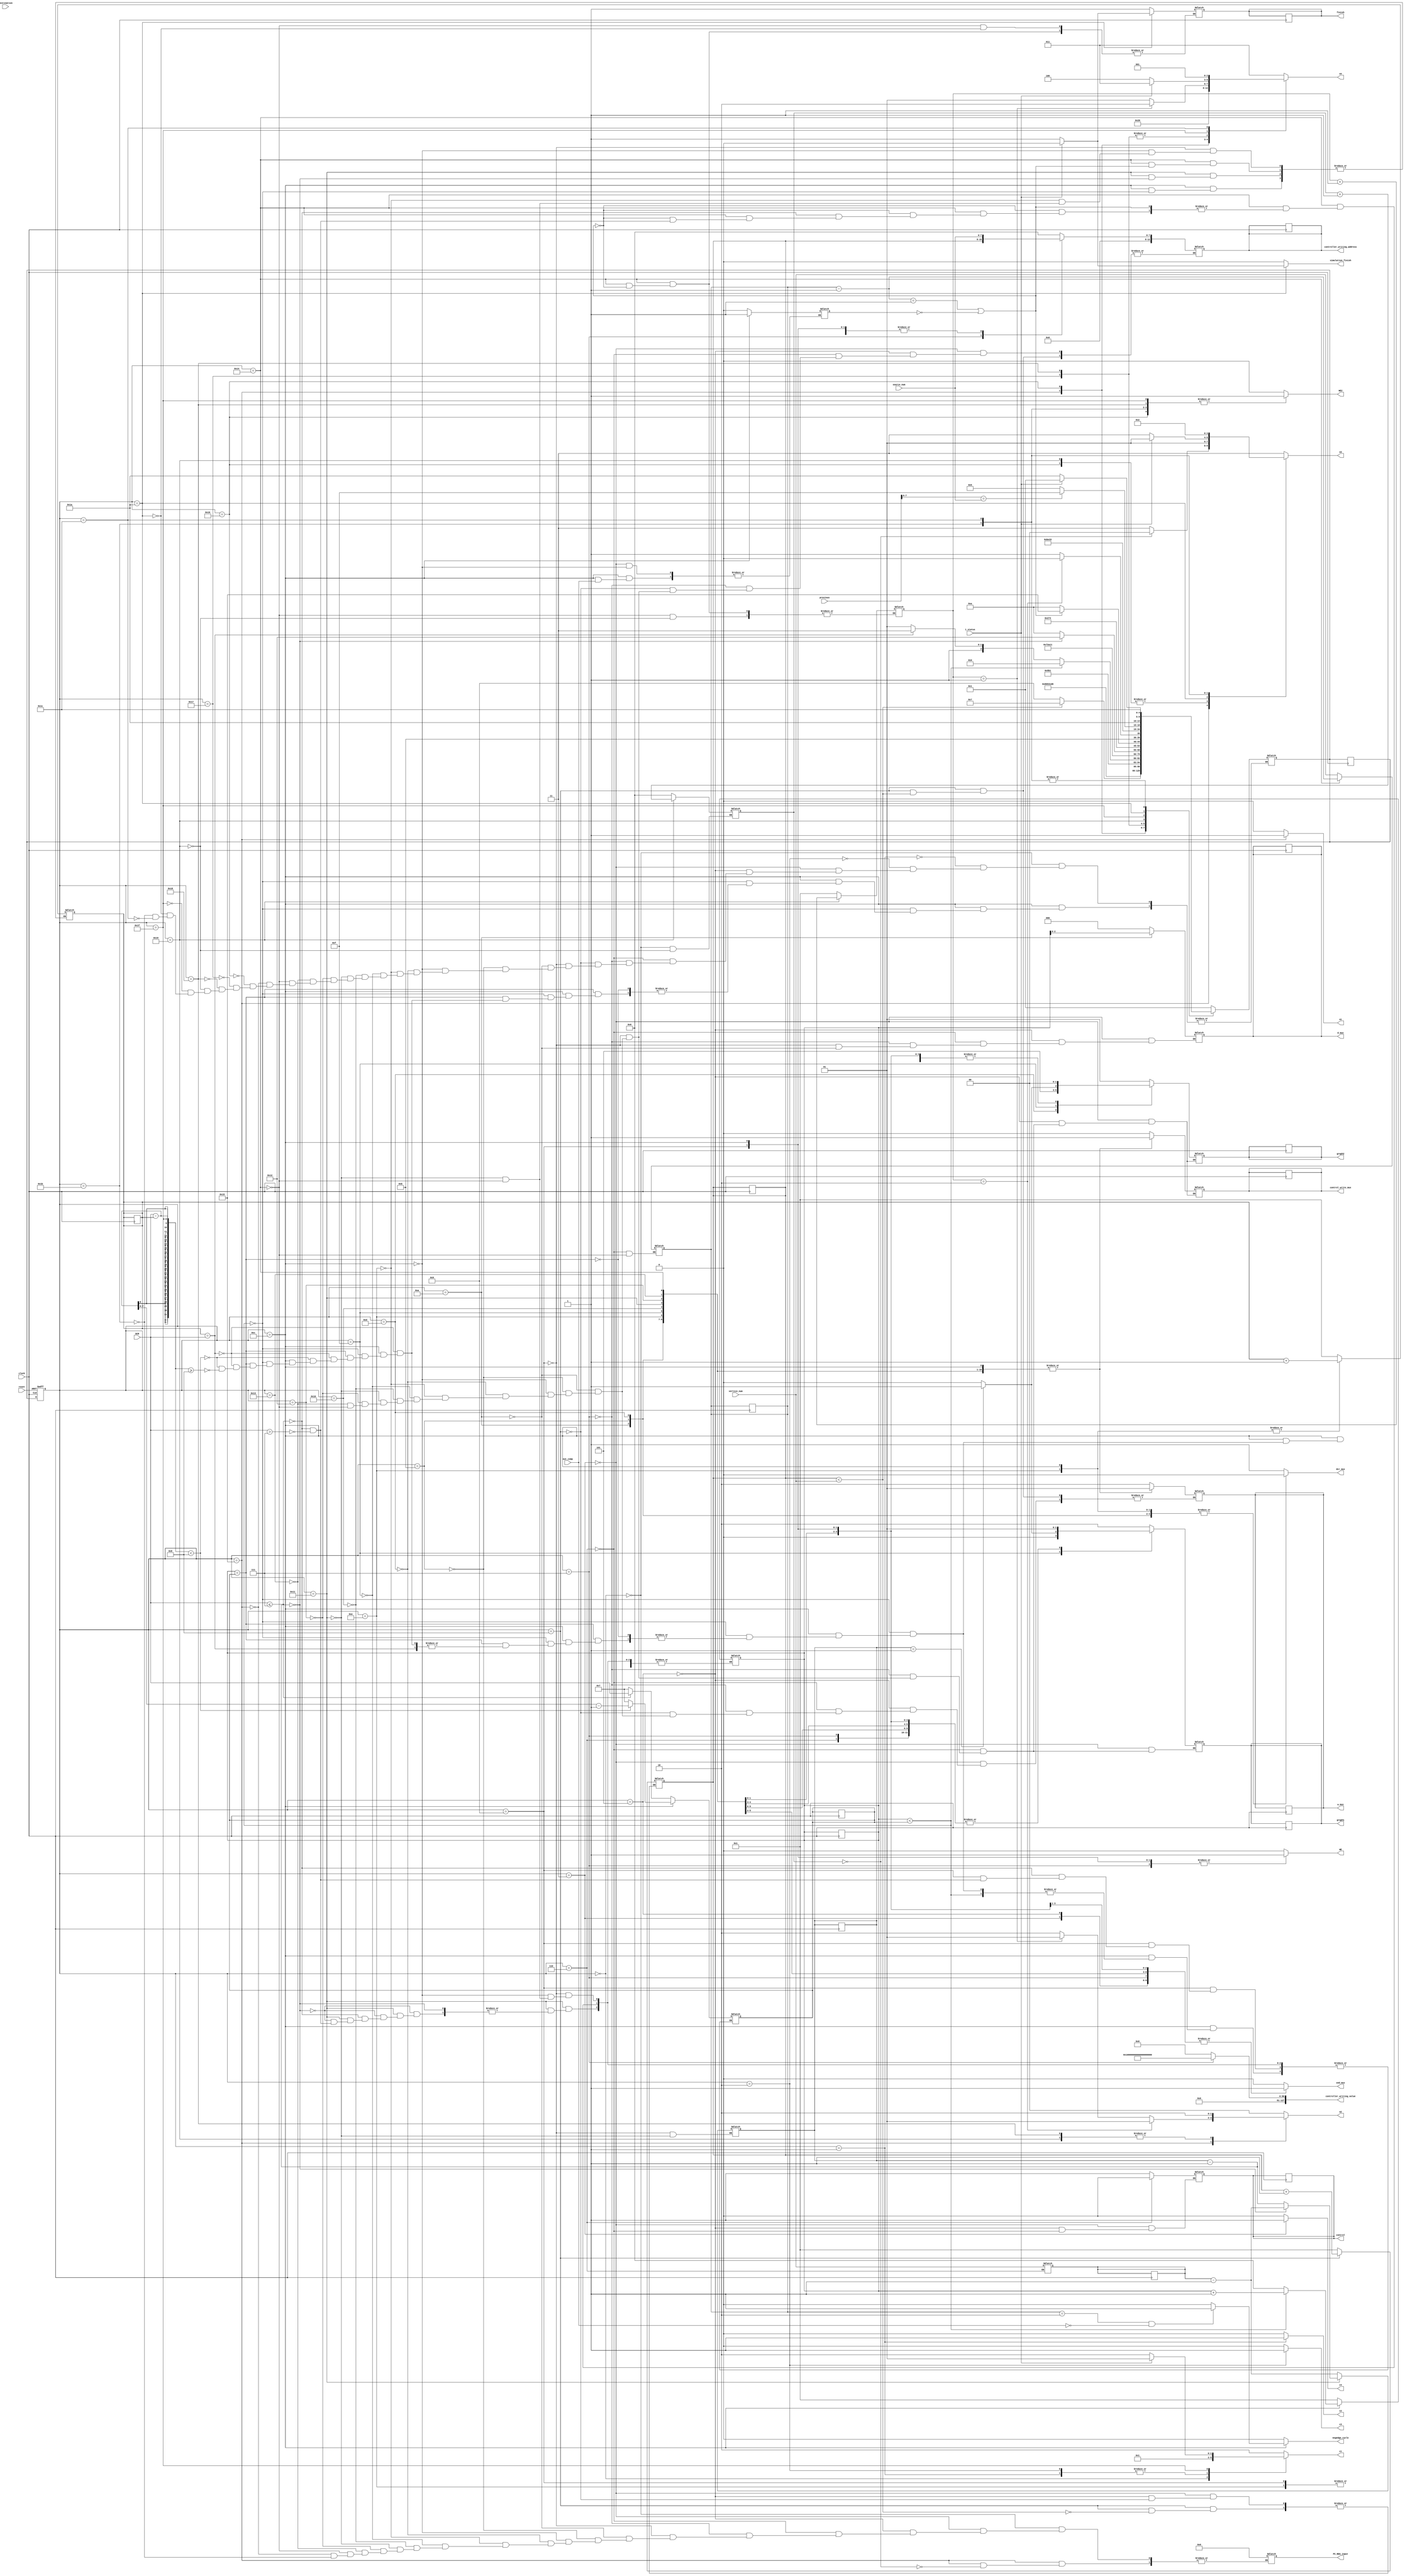
module bellman_ford_controller( previous,i_status,simulation_finish,negedge_cycle, destination,WE2, o1,o2,o3,o4, clock, reset, vertice_num, source_num, DCR, out_comp, WE, snd_mux, graph1, graph2, d_mux, control, PC_REG_input, controller_writing_address, controller_writing_value, w_mux, control_write_mux, finish, dcr_mux, c1, c2, c3, c4

    );
	 
/*--------------------input declaration---------------*/
input [7:0] destination;
input [127:0] previous;
input clock;
input reset;
input [7:0] vertice_num;
input [7:0] source_num;
input [7:0] DCR;
input out_comp;
input i_status;
/*------------------output declaration--------------*/
output WE;
output WE2;
output [1:0] o2,o3;
output [2:0] o4;
output   o1;
output snd_mux;
output control;
output [1:0] graph1;
output [1:0] graph2;
output [2:0] d_mux;
output [12:0] PC_REG_input;
output [12:0] controller_writing_address;
output [127:0] controller_writing_value;
output simulation_finish;
reg simulation_finish;
output [1:0] w_mux;
output control_write_mux;
output finish;
output dcr_mux;
output [1:0] c1;
output c2;
output c3;
output c4;


/*-------------------registers and nets-----------*/	 

parameter [4:0] 
	S0 = 5'b00000,
	S1 = 5'b00001,
	S2 = 5'b00010,
	S3 = 5'b00011,
	S4 = 5'b00100,
	S5 = 5'b00101,
	S6 = 5'b00110,
	S7 = 5'b00111,
	S8 = 5'b01000,
	S9 = 5'b01001,
	S10 = 5'b01010,
	S11 = 5'b01011,
	S12 = 5'b01100,
	S13 = 5'b01101,
	S14 = 5'b01110,
	S15 = 5'b01111,
	S16 = 5'b10000,
        S17 = 5'b10001,
	S18 = 5'b10010,
	S19 = 5'b10011,
	S20 = 5'b10100,
	S21 = 5'b10101,
	S22 = 5'b10110,
	S23 = 5'b10111,
	S24 = 5'b11000,
	S25 = 5'b11001,
	S26 = 5'b11010,
	S27 = 5'b11011,
	S28 = 5'b11100,
	S29 = 5'b11101,
	S31 = 5'b11111;
	

reg WE2;
reg [1:0] o2,o3;
reg [2:0] o4;
reg o1;
reg [4:0] current_state, next_state;
reg [7:0] d_count,temp1,temp3;
reg [7:0] run_loop;
reg [7:0] bellman_count;
output negedge_cycle;
reg WE;
reg snd_mux;
reg control;
reg [1:0] graph1;
reg [1:0] graph2;
reg [2:0] d_mux;
reg [12:0] PC_REG_input;
reg [12:0] controller_writing_address;
reg [127:0] controller_writing_value;
reg [1:0] w_mux;
reg control_write_mux;
reg finish;
reg [7:0] a,b;
reg dcr_mux;
reg [1:0] c1;
reg c2;
reg c3;
reg c4;
reg negedge_cycle;
reg [7:0] count,flag;

reg value;	
always@(posedge clock or negedge reset)
begin 
if (!reset) current_state <= S0; //s28
else       
begin
current_state <= next_state;

temp3<=temp3;
b<=b;
bellman_count<=bellman_count;
graph1<=graph1;
a<=a;
d_count<=d_count;
control<=control;
control_write_mux<=control_write_mux;
temp1<=temp1;
run_loop<=run_loop;
w_mux<=w_mux;
d_mux<=d_mux;
graph2<=graph2;
controller_writing_address<=controller_writing_address;
finish<=finish;
next_state<=next_state;

end
end

always@(*)
begin
simulation_finish=0;
controller_writing_value = 128'h00000000000000000000000000000000;
dcr_mux = 1'b1;
c4=1'b0;
c2=1'b0;
c3=1'b0;                   
c1=2'b10;
o2=2'b00;  
o1=1'b0;
o4=3'b011;
o3=2'b11;
WE2=1'b0;
WE=1'b0;
snd_mux=1'b0;
negedge_cycle =1'b0;
case(current_state)
S0:   //s28
begin
flag = 0;
c1 = 2'b00;
PC_REG_input= 13'b0000000000000;

next_state = S1;
end

S1:          //s20
begin   
c1= 2'b01;   //10 adhi
c2=1'b1;
next_state = S2;
end

S2:          //s22
begin
c1=2'b01;
c3=1'b1;
next_state = S3;
end
S3:                  //s23
begin
c4=1'b1;
/*next_state = S4;
end
S4:                 //s0
begin*/
value=0;
snd_mux = 1'b1;
graph1 = 2'b10;    
graph2 = 2'b01;
d_mux = 3'b000;
//bellman_count = 1;
PC_REG_input = 13'b0000000000000;
controller_writing_address = 13'b0000000000000;
//controller_writing_value = 128'h00000000000000000000000000000000;
w_mux = 2'b10;
control = 1'b1;
control_write_mux = 1'b0;
a = 1; 

next_state = S5;
end
S5:     //s1
begin
graph2 = 2'b01;//
WE = 1'b0;
snd_mux = 1'b1;

//graph1 = 2'b01;
d_mux = 3'b000;//
graph2 = 2'b01;
//d_mux = 3'b000;
PC_REG_input = 13'b0000000000000;
controller_writing_address = 13'b0000000000000;
controller_writing_value = 128'h00000000000000000000000000000000;
a = 1;
w_mux = 2'b10;
control_write_mux = 1'b0;
control = 1'b1;
next_state=S6;
end

S6:       //s2
begin
WE = 1'b0;
snd_mux = 1'b1;
graph1 = 2'b01;
graph2 = 2'b01;
d_mux = 3'b000;
PC_REG_input = 13'b0000000000000;
controller_writing_address = 13'b0000000000000;
controller_writing_value = 128'h00000000000000000000000000000000;

w_mux = 2'b10;
control_write_mux = 1'b0;
control = 1'b0;
b = vertice_num;
bellman_count=vertice_num;
next_state = S7;
end 

//booting infinity in temporary memory
S7:                    //s3
begin
WE = 1'b1;
snd_mux = 1'b1;
graph1 = 2'b01;
graph2 = 2'b00;
PC_REG_input = 13'b0000000000000;
controller_writing_address = {5'b00000, source_num};
snd_mux = 1'b1;
graph1 = 2'b01;
graph2 = 2'b00;
d_mux = 3'b000;
PC_REG_input = 13'b0000000000000;
controller_writing_address = {5'b00000, a};
controller_writing_value = 128'h00000000000100000000000000000000;
w_mux = 2'b10;
control_write_mux = 1'b0;
next_state = S8;



end

S8:            //s17
begin
if (a < vertice_num)
begin
a = a + 1;
next_state = S7;           //s3
end
else
begin
w_mux = 2'b10;
controller_writing_address = {5'b00000, source_num};
next_state = S9;          //s4
end
end

//booting zero in the source
S9:              //s4
begin
WE = 1'b1;
snd_mux = 1'b1;
graph1 = 2'b01;
graph2 = 2'b00;
d_mux = 3'b000;
PC_REG_input = 13'b0000000000000;
controller_writing_address = {5'b00000, source_num};
controller_writing_value = 128'h00000000000000000000000000000000;

run_loop = b-1;                          //changed
control_write_mux = 1'b0;
if(DCR<=7)
begin
temp1=1;
temp3=DCR;
end
else if(DCR>7)
begin
temp1=1;
temp3=7;
end
d_count=1;
next_state = S10;
end
//checkpoint one reached here
//
S10:                   //s5
begin
WE = 1'b0;
dcr_mux = 1'b0;
snd_mux = 1'b0;
graph1 = 2'b01;
graph2 = 2'b00;
PC_REG_input = 13'b0000000000000;
controller_writing_address = {5'b00000, source_num};
controller_writing_value = 128'h00000000000000000000000000000000;
w_mux = 2'b01;
control_write_mux = 1'b1;
d_mux = temp1[2:0];
next_state = S11;
end
S11:          //s6
begin
WE = 1'b0;
dcr_mux = 1'b0;
snd_mux = 1'b0;
graph1 = 2'b01;
graph2 = 2'b00;
PC_REG_input = 13'b0000000000000;
controller_writing_address = {5'b00000, source_num};
controller_writing_value = 128'h00000000000000000000000000000000;
w_mux = 2'b01;
control_write_mux = 1'b1;
next_state = S12;
end
S12:                  //s7
begin
WE = 1'b1;
dcr_mux = 1'b0;
snd_mux = 1'b0;
graph1 = 2'b01;
graph2 = 2'b00;
PC_REG_input = 13'b0000000000000;
controller_writing_address = {5'b00000, source_num};
controller_writing_value = 128'h00000000000000000000000000000000;
w_mux = 2'b01;
control_write_mux = 1'b1;
if(out_comp==0)
value=1;
if((bellman_count== 2) && (out_comp==0))
begin
negedge_cycle = 1'b1;

end
else
negedge_cycle=1'b0;

    if(temp1<temp3)
begin
  temp1=temp1+1;
  d_count = d_count+1;
  next_state = S10;              //s5
end
else if(temp1==temp3)
begin
 if(d_count == DCR)
  begin
   next_state = S15;               //s11
  end
 else if((DCR-d_count)<8)
  begin
   temp1=0;      
   temp3=DCR-d_count-1;
   next_state=S13;               //s13
  end   
 else if((DCR-d_count)>=8)
  begin
   temp1=0;
   temp3=7;
   next_state=S13;
  end
end
end
S13:             //s8
begin
WE = 1'b0;
dcr_mux = 1'b0;
snd_mux = 1'b0;
graph1 = 2'b01;
graph2 = 2'b10;
PC_REG_input = 13'b0000000000000;
controller_writing_address = {5'b00000, source_num};
controller_writing_value = 128'h00000000000000000000000000000000;
w_mux = 2'b01;
control_write_mux = 1'b1;
next_state = S14;
end   
S14:                  //s10
begin
WE = 1'b0;
dcr_mux = 1'b0;
snd_mux = 1'b0;
graph1 = 2'b01;
graph2 = 2'b00;
PC_REG_input = 13'b0000000000000;
controller_writing_address = {5'b00000, source_num};
controller_writing_value = 128'h00000000000000000000000000000000;
w_mux = 2'b01;
control_write_mux = 1'b1;
d_count = d_count + 1;
next_state = S10;      //s5
end
S15:                    //s11
begin
WE = 1'b0;
snd_mux = 1'b1;
if(run_loop == 1)            //changed
begin
graph1 = 2'b01;
graph2 = 2'b11;
end
else
begin
graph1 = 2'b00;
graph2 = 2'b10;
end
PC_REG_input = 13'b0000000000000;
controller_writing_address = {5'b00000, source_num};
controller_writing_value = 128'h00000000000000000000000000000000;
w_mux = 2'b01;
control_write_mux = 1'b1;
next_state = S16;
end
S16:               //s12
begin
WE = 1'b0;
snd_mux = 1'b1;
graph1 = 2'b01;
graph2 = 2'b00;
PC_REG_input = 13'b0000000000000;
controller_writing_address = {5'b00000, source_num};
controller_writing_value = 128'h00000000000000000000000000000000;
w_mux = 2'b01;
control_write_mux = 1'b1;
dcr_mux = 1'b1;
next_state = S17;
end
S17:            //s13
begin
WE = 1'b0;
snd_mux = 1'b1;
graph1 = 2'b01;
graph2 = 2'b00;
PC_REG_input = 13'b0000000000000;
controller_writing_address = {5'b00000, source_num};
controller_writing_value = 128'h00000000000000000000000000000000;
w_mux = 2'b01;
control_write_mux = 1'b1;
run_loop = run_loop - 1;          //changed
if(run_loop== 0)
begin
next_state = S18;
run_loop =b-1;
end
else
begin
	if(DCR<=7)
	begin
	temp1=1;
	temp3=DCR;
	end
	else if(DCR>7)
	begin
	temp1=1;
	temp3=7;
	end
	d_count=1;
	next_state = S10;
end
end
////////////////////////////////////////


S18:
begin
WE = 1'b0;
snd_mux = 1'b1;
graph1 = 2'b10;
graph2 = 2'b00;
PC_REG_input = 13'b0000000000000;
controller_writing_address = {5'b00000, source_num};
controller_writing_value = 128'h00000000000000000000000000000000;
w_mux = 2'b01;
control_write_mux = 1'b1;
next_state = S19;
end
S19:          //s15
begin
WE = 1'b0;
snd_mux = 1'b1;
graph1 = 2'b01;
graph2 = 2'b00;
PC_REG_input = 13'b0000000000000;
controller_writing_address = {5'b00000, source_num};
controller_writing_value = 128'h00000000000000000000000000000000;
w_mux = 2'b01;
control_write_mux = 1'b1;
next_state = S20;  
end

S20:          //s16
begin
WE = 1'b0;
snd_mux = 1'b1;
graph1 = 2'b01;
graph2 = 2'b00;
PC_REG_input = 13'b0000000000000;
controller_writing_address = {5'b00000, source_num};
controller_writing_value = 128'h00000000000000000000000000000000;
w_mux = 2'b01;
control_write_mux = 1'b1;
bellman_count = bellman_count - 1;
if(bellman_count==1 || !value)
begin
//negedge_cycle=1;
finish =1;
count =1;
next_state=S21;
end
else

 begin
	if(DCR<=7)
	begin
	temp1=1;
	temp3=DCR;
	end
	else if(DCR>7)
	begin
	temp1=1;
	temp3=7;
	end
	d_count=1;
        //count iterations here
	next_state = S10;
 end
 
end

S21:            //s24
begin
if(flag==0)
begin
PC_REG_input = 13'b0000000000000;
o3 = 2'b00;
end
else
o3 = 2'b11;
o1 = 1'b1;
o4 = 3'b010;                       /////check this
if (count==1)
o2 = 2'b01;
else 
o2 = 2'b10;


if(count==2)
begin
o2 = 2'b01;
next_state=S22;     //27
end
else 
next_state = S23;        //25 


end
S22:         //27
begin
WE2 = 1'b1;
o3 = 2'b01;
o4 = 3'b000;
next_state = S23;
end
S23:             //25
begin
if (count == 1)
o4=3'b010;
else
o4 = 3'b001;
o1 = 1'b0;
next_state = S24;
end
S24:                  //26
begin
WE2=1;
o1=1'b0;
if(count==1)
begin
o4 = 3'b010;
o2=2'b10;
end
else
begin
o4=3'b001;
o2=2'b10;
end
o3 = 2'b11;
next_state = S25;
end
S25:                   //s25
begin
o3 = 2'b01;
o2 = 2'b10;
count = count + 1;
flag = flag + 1;
if (previous [7:0] == source_num)
next_state = S31;                 //18
else 
next_state = S21;                //24

end

S31:begin
if(i_status)
begin
c1 = 2'b01;
WE2=1'b1;
o4=3'b011;
next_state=S26;
end
else
begin
WE2=1'b1;
o4=3'b100;
next_state=S26;
end
end
//Stall:
//begin

S26:               //18
begin
if(i_status)
begin


finish = 0;
next_state =S1;               //20
o3=2'b01;
end
else
begin

finish=1;
next_state=S26;  
     simulation_finish=1;
	 //18
end
end

S27:
begin
PC_REG_input = 13'b0000000000000;
o3=2'b00;
WE2=1'b1;
next_state= S28; 
end
S28 :
begin
o4=2'b101;
o3=2'b10;
WE2=1'b1;
next_state = 28;
end

endcase
end

endmodule